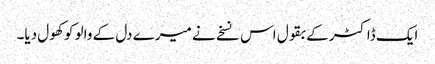
ایک ڈاکٹر کے بقول اس نسخے نے میرے دل کے والو کو کھول دیا۔